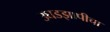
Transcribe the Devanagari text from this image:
उघडझापीचा